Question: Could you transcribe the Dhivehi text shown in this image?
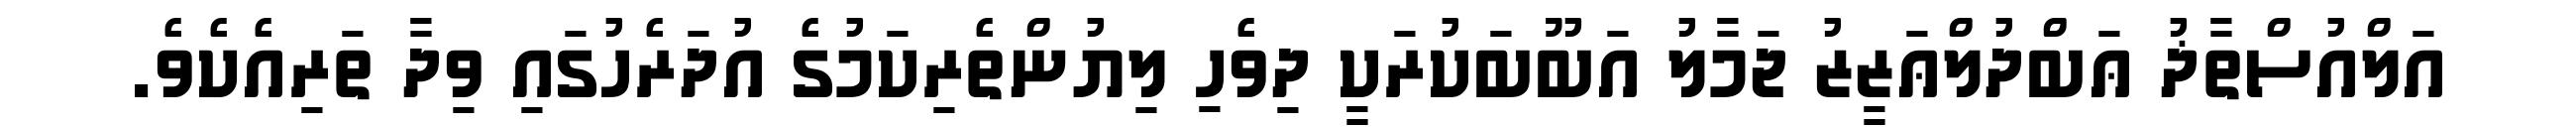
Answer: އަލްއުސްތާޛު ޢަބްދުލްޢަޒީޒު ޖަމާލު އަބޫބަކުރަކީ ދިވެހި ލިޔުންތެރިކަމުގެ އުދަރެހުގައި ވިދާ ތަރިއެކެވެ.